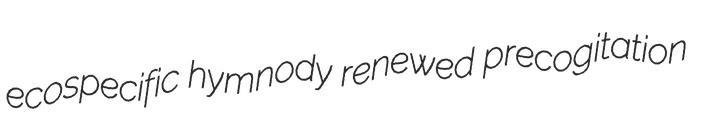
ecospecific hymnody renewed precogitation